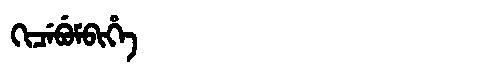
Manchu: ᡴᡳᠴᡝᠪᡠᠮᠪᡳᡥᡝ
Romanization: KICEBUMBIHE